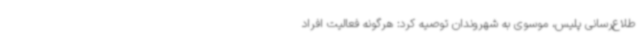
طلاع‌رسانی پلیس، موسوی به شهروندان توصیه کرد: هرگونه فعالیت افراد